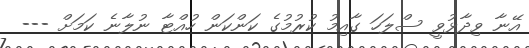
އޭނާ ވިދާޅުވީ ސްލަހަ ގާއިމު ކުރުމުގެ ކަންކަން ހުއްޓާ ނުލާނެ ކަމަށް ---